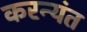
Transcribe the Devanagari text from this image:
करन्यंत